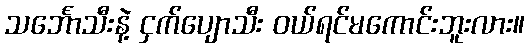
သင်္ဘောသီးနဲ့ ငှက်ပျောသီး ဝယ်ရင်မကောင်းဘူးလား။